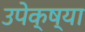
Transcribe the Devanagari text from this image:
उपेक्ष्या